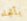
بأتجاه